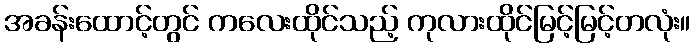
အခန်းထောင့်တွင် ကလေးထိုင်သည့် ကုလားထိုင်မြင့်မြင့်တလုံး။